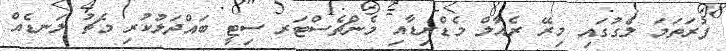
ފުރަތަމަ ލެގުގައި މިރޭ ރެއާލް މެޑްރިޑާއި މެންޗެސްޓަރ ސިޓީ ބައްދަލުކުރި މެޗު ލަނޑެއް